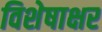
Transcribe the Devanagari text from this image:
विशेषाक्षर